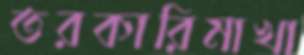
তরকারিমাখা